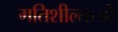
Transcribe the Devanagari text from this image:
गतिशील्ताओं